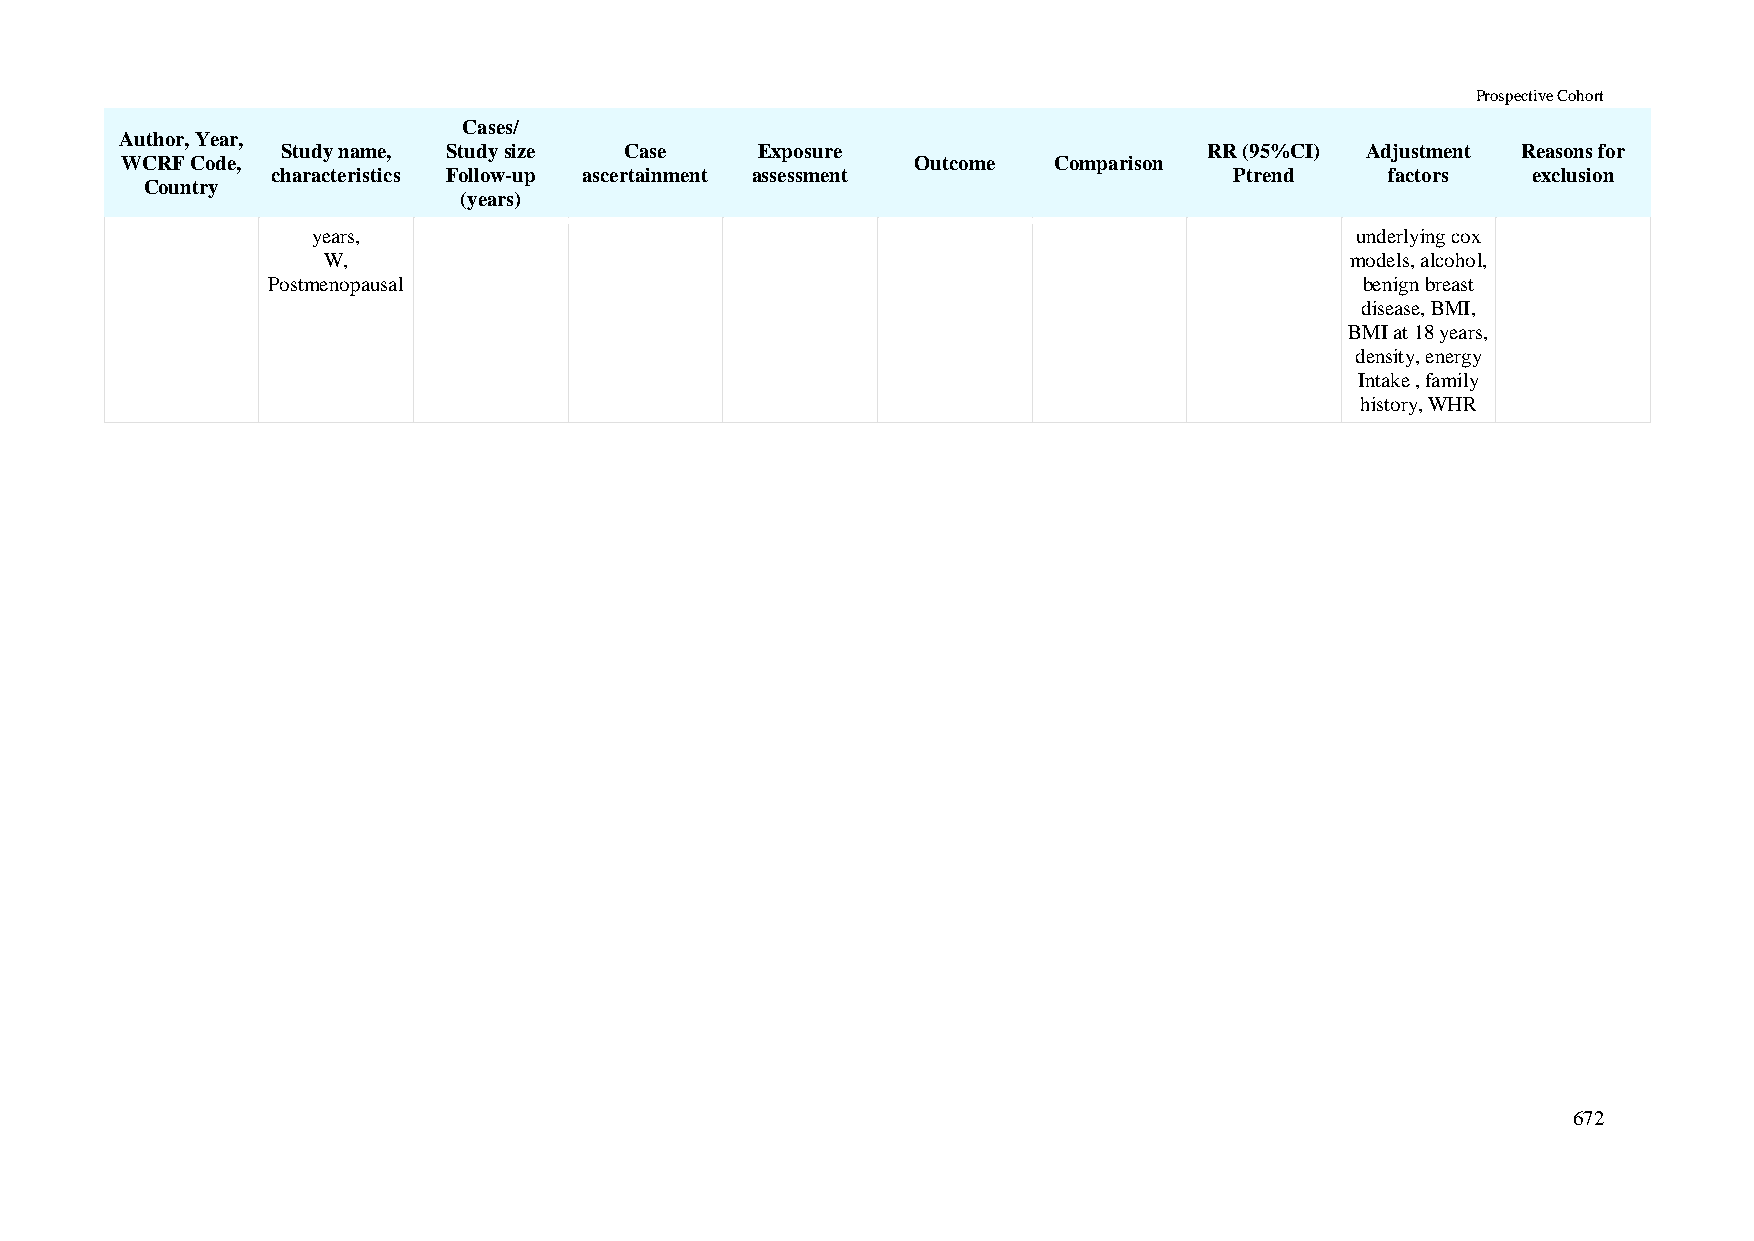
Prospective Cohort
 Cases/
 Author, Year,
 Study name, Study size Case    Exposure                      RR (95%CI) Adjustment Reasons for
 WCRF Code,                                           Outcome  Comparison
 characteristics Follow-up ascertainment assessment              Ptrend    factors  exclusion
 Country
 (years)
 years,                                                               underlying cox
 W,                                                                  models, alcohol,
 Postmenopausal                                                          benign breast
 disease, BMI,
 BMI at 18 years,
 density, energy
 Intake , family
 history, WHR
 672